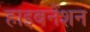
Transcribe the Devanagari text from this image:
हाइबनेंशन